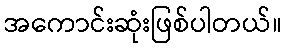
အကောင်းဆုံးဖြစ်ပါတယ်။